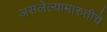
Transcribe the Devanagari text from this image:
असलेल्यामारुतीचे